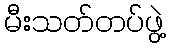
မီးသတ်တပ်ဖွဲ့